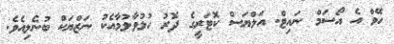
ހޭވް އެ އޯސަމް ނައިޓް. އަލްޔަސް ކޮޓަރީގެ ދޮރު ހުޅުވާލުމާއެކު ނަޒްޔަކް ބުނެލިއެވެ.